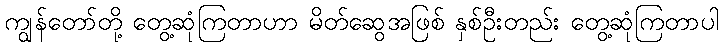
ကျွန်တော်တို့ တွေ့ဆုံကြတာဟာ မိတ်ဆွေအဖြစ် နှစ်ဦးတည်း တွေ့ဆုံကြတာပါ